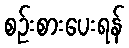
စဉ်းစားပေးရန်